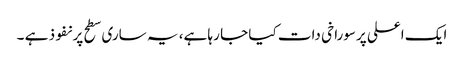
ایک اعلی پرسوراخی دات کیا جا رہا ہے، یہ ساری سطح پر نفوذ ہے ۔